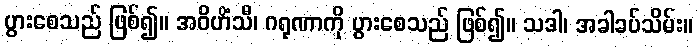
ပွားစေသည် ဖြစ်၍။ အဝိဟိံသီ၊ ဂရုဏာကို ပွားစေသည် ဖြစ်၍။ သဒါ၊ အခါခပ်သိမ်း။